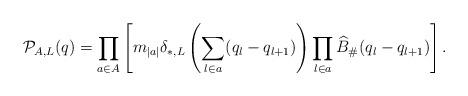
LaTeX: \begin{align*} \mathcal{P}_{A,L}(q) & = \prod_{a \in A} \left[ m_{|a|} \delta_{*,L} \left( \sum_{l \in a} (q_l - q_{l+1}) \right) \prod_{l \in a} \widehat{B}_\#(q_l - q_{l+1} ) \right] . \end{align*}